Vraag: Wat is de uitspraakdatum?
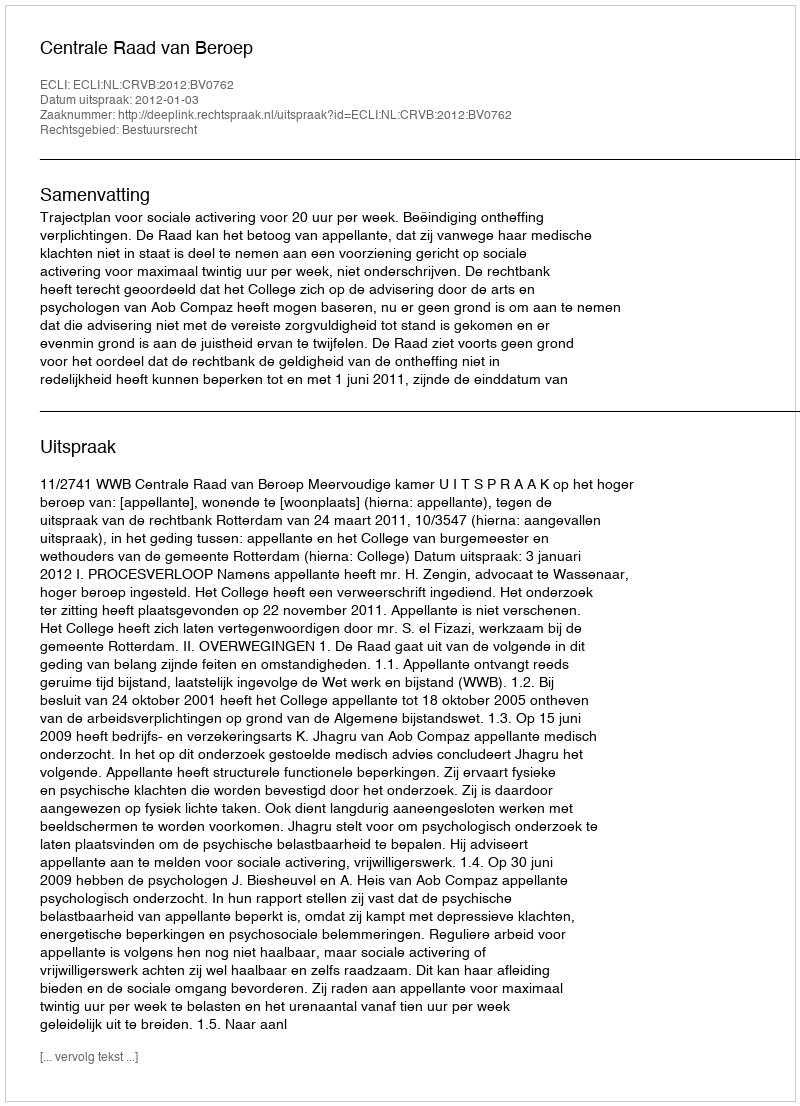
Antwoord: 2012-01-03